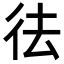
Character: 𭛟